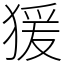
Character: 猨